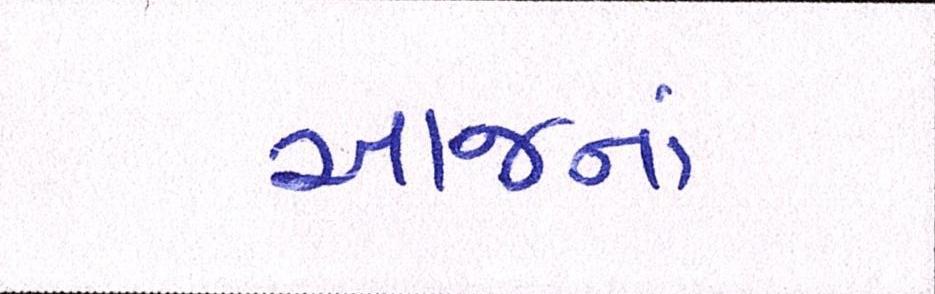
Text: આજનાં